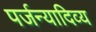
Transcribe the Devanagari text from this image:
पर्जन्यादिव्य